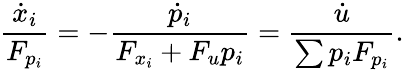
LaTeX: {\frac{{\dot{x}}_{i}}{F_{p_{i}}}}=-{\frac{{\dot{p}}_{i}}{F_{x_{i}}+F_{u}p_{i}}}={\frac{\dot{u}}{\sum p_{i}F_{p_{i}}}}.